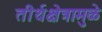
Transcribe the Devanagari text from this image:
तीर्थक्षेत्रामुळे